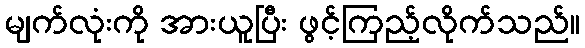
မျက်လုံးကို အားယူပြီး ဖွင့်ကြည့်လိုက်သည်။